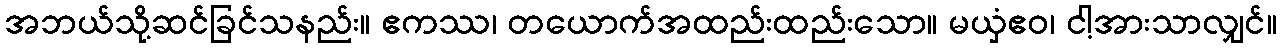
အဘယ်သို့ဆင်ခြင်သနည်း။ ဧကဿ၊ တယောက်အထည်းထည်းသော။ မယှံဧဝ၊ ငါ့အားသာလျှင်။